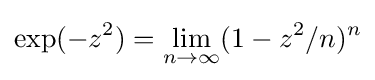
\exp(-z^{2})=\lim _{n\to \infty }(1-z^{2}/n)^{n}